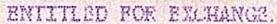
ENTITLED FOR EXCHANGE.